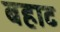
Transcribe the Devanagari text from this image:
बहाट